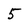
Character: 5